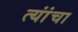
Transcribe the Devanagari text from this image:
त्यांंचा